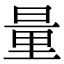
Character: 量